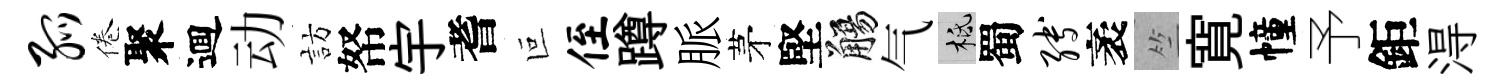
弧倦聚逥动訪帑宇耆叵侄蹲脈茅堅觴气柢蜀缚袤竺寛幢予鉅淂